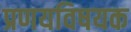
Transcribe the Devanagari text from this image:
प्रणयविषयक